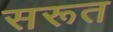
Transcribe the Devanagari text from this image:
सरूत